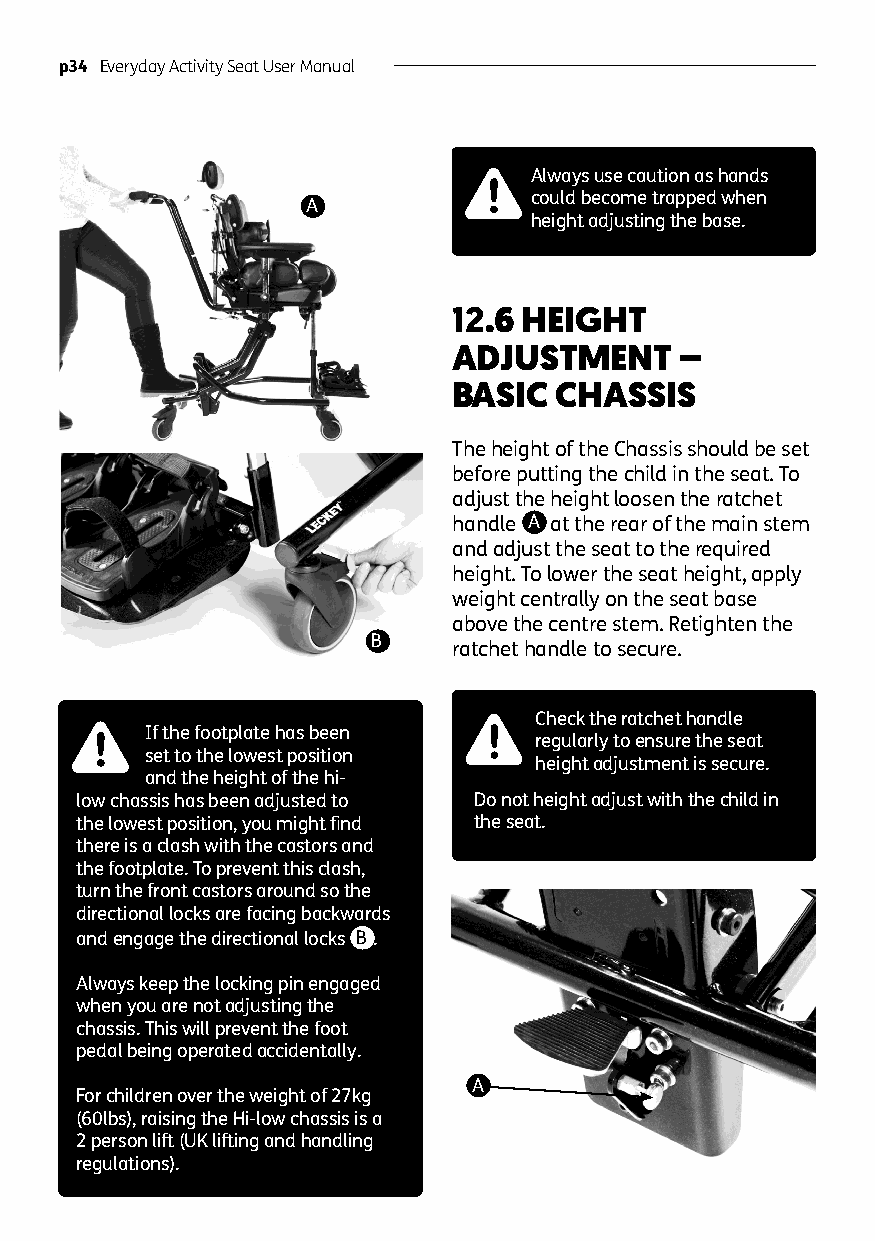
p34 Everyday Activity Seat User Manual
 Always use caution as hands
 could become trapped when
 A
 height adjusting the base.
 12.6 HEIGHT
 ADJUSTMENT     –
 BASIC  CHASSIS
 The height of the Chassis should be set
 before putting the child in the seat. To
 adjust the height loosen the ratchet
 handle A at the rear of the main stem
 and adjust the seat to the required
 height. To lower the seat height, apply
 weight centrally on the seat base
 above the centre stem. Retighten the
 B
 ratchet handle to secure.
 Check the ratchet handle
 If the footplate has been
 regularly to ensure the seat
 set to the lowest position
 height adjustment is secure.
 and the height of the hi-
 low chassis has been adjusted to Do not height adjust with the child in
 the lowest position, you might find the seat.
 there is a clash with the castors and
 the footplate. To prevent this clash,
 turn the front castors around so the
 directional locks are facing backwards
 and engage the directional locks B .
 Always keep the locking pin engaged
 when you are not adjusting the
 chassis. This will prevent the foot
 pedal being operated accidentally.
 A
 For children over the weight of 27kg
 (60lbs), raising the Hi-low chassis is a
 2 person lift (UK lifting and handling
 regulations).